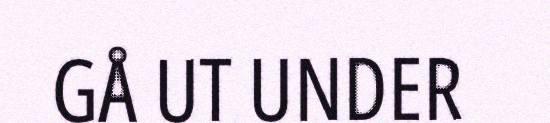
GÅ UT UNDER